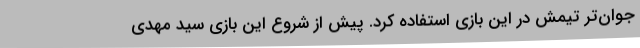
جوان‌تر تیمش در این بازی استفاده کرد. پیش از شروع این بازی سید مهدی